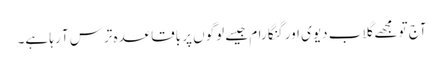
آج تو مجھے گلاب دیوی اور گنگا رام جیسے لوگوں پر باقاعدہ ترس آ رہا ہے۔